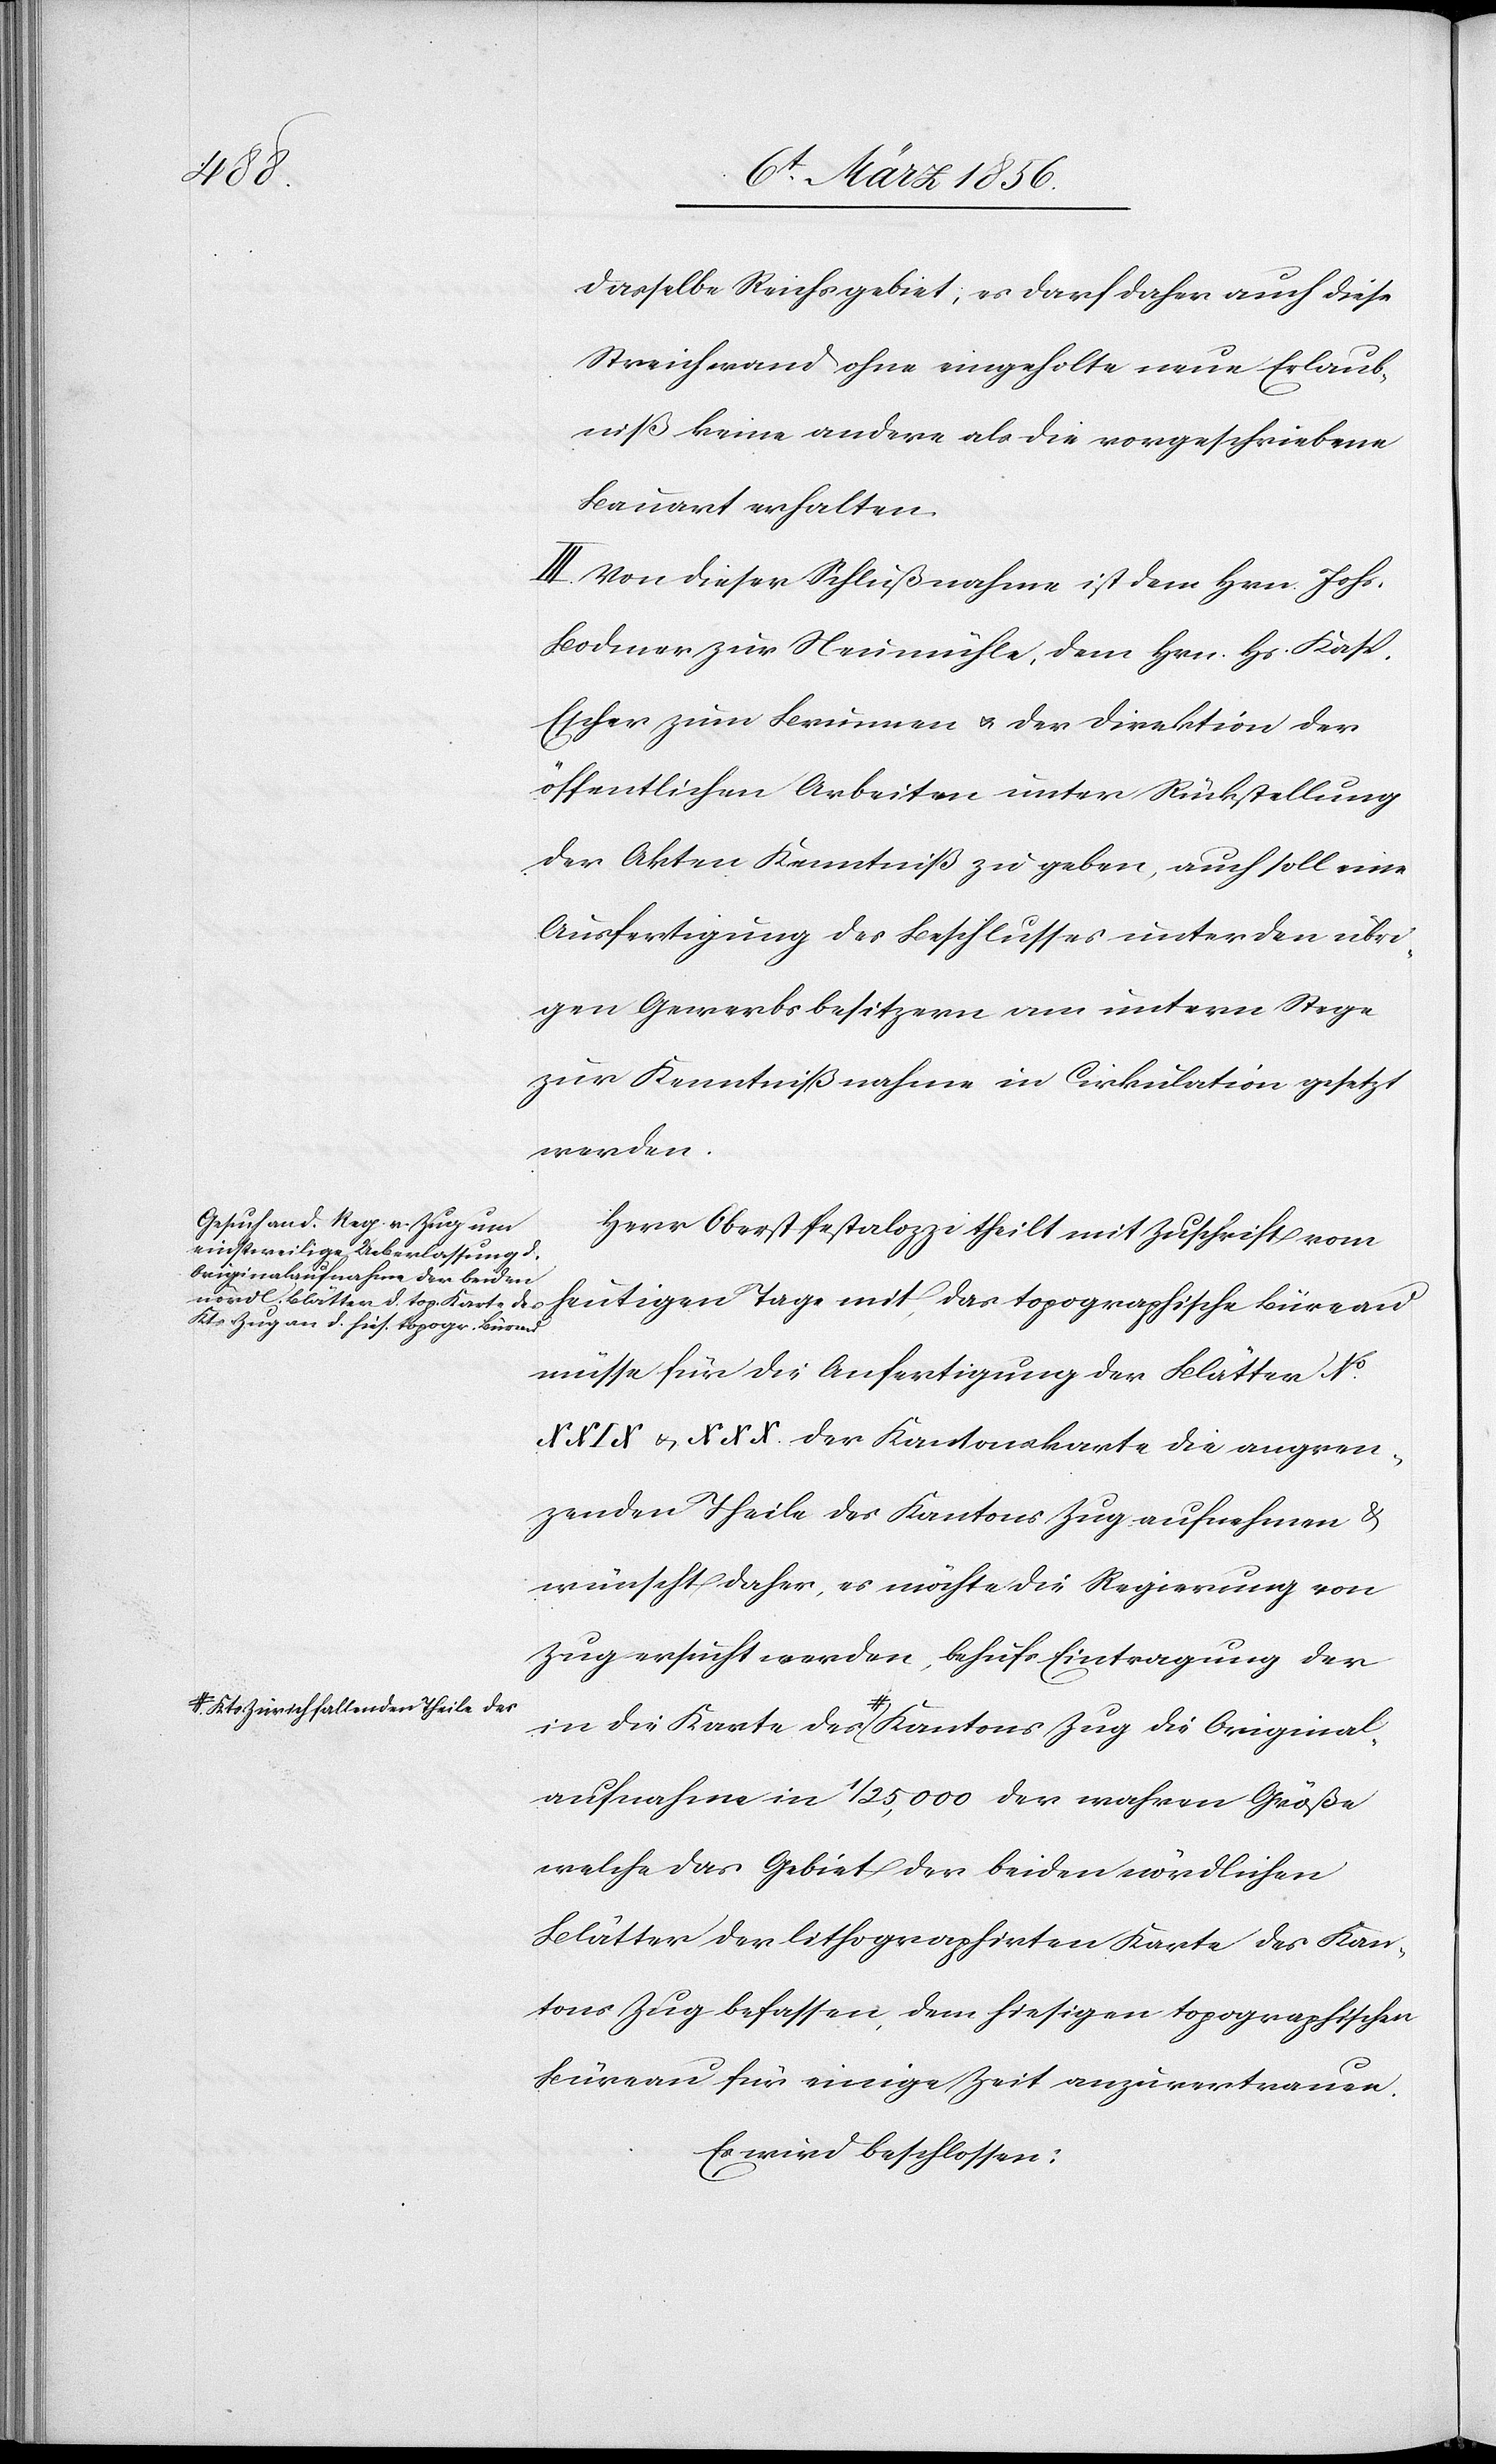
ginal¬

ª-Kts Zürich fallenden Theile de¬

dasselbe Reichsgebiet; es darf daher auch diese
Streichwand ohne eingeholte neue Erlaub¬
niß keine andere als die vorgeschriebene
Bauart erhalten.
III. Von dieser Schlußnahme ist dem Hrn. Johs.
Bodmer zur Neumühle, dem Hrn. Hs. Kasp.
Escher zum Brunnen u. der Direktion der
öffentlichen Arbeiten unter Rückstellung
der Akten Kenntniß zu geben, auch soll eine
Ausfertigung des Beschlusses unter den übri¬
gen Gewerbsbesitzern am untern Stege
zur Kenntnißnahme in Cirkulation gesetzt
werden.
Herr Oberst Pestalozzi theilt mit Zuschrift vom
heutigen Tage mit, das topographische Büreau
müsse für die Anfertigung der Blätter No.
u. XXX. der Kantonskarte die angren¬
zenden Theile des Kantons Zug aufnehmen &
wünsche daher, es möchte die Regierung von
Zug ersucht werden, behufs Eintragung der
aufnahme in 1/25,000 der wahren Größe
welche das Gebiet der beiden nördlichen
Blätter der lithographirten Karte des Kan¬
tons Zug befassen, dem hiesigen topographischen
Büreau für einige Zeit anzuvertrauen.
Es wird beschlossen: